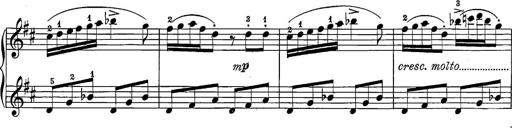
Title: 12 Sonatine per Pianoforte
Composer: Friedrich Kuhlau